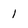
Character: 1